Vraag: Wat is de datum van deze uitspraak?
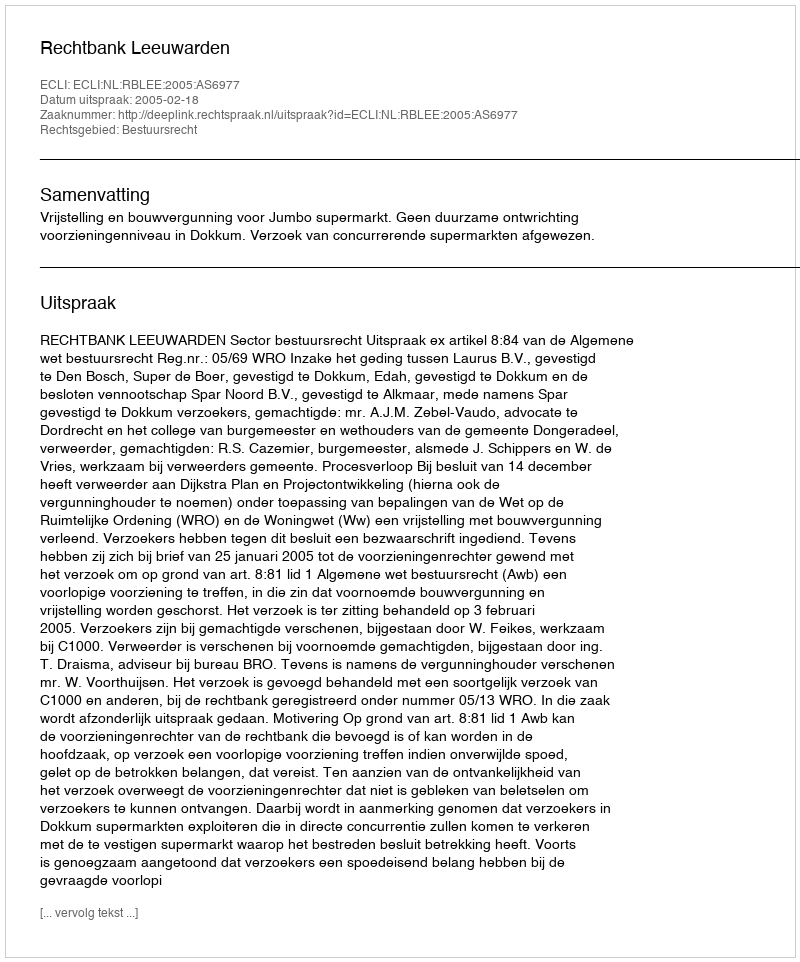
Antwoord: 2005-02-18